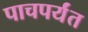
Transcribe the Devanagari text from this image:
पाचपर्यंत